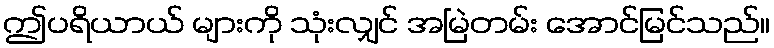
ဤပရိယာယ် များကို သုံးလျှင် အမြဲတမ်း အောင်မြင်သည်။